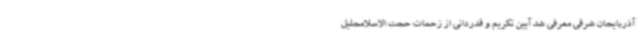
آذربایجان شرقی معرفی شد آیین تکریم و قدردانی از زحمات حجت الاسلامجلیل